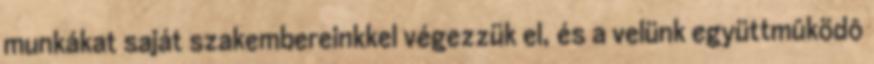
munkákat saját szakembereinkkel végezzük el, és a velünk együttmûködô